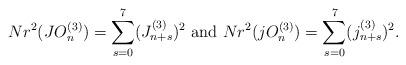
LaTeX: \begin{align*}Nr^{2}(JO_{n}^{(3)})=\sum_{s=0}^{7}(J_{n+s}^{(3)})^{2}\ \textrm{and}\ Nr^{2}(jO_{n}^{(3)})=\sum_{s=0}^{7}(j_{n+s}^{(3)})^{2}.\end{align*}